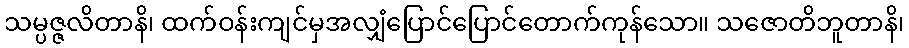
သမ္ပဇ္ဇလိတာနိ၊ ထက်ဝန်းကျင်မှအလျှံပြောင်ပြောင်တောက်ကုန်သော။ သဇောတိဘူတာနိ၊